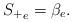
LaTeX: \begin{align*} {S_+}_e = \beta_e.\end{align*}